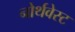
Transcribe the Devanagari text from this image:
नोर्थवेस्ट